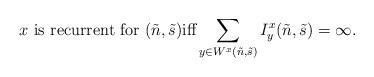
LaTeX: \begin{align*}\mbox{$x$ is recurrent for $(\tilde n,\tilde s)$iff}\sum_{y\in W^{x}(\tilde n,\tilde s)}I_y^{x}(\tilde n,\tilde s)=\infty.\end{align*}